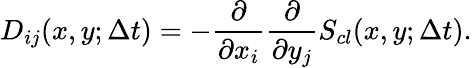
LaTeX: D_{ij}(x,y;\Delta t)=-\frac{\partial}{\partial x_{i}}\frac{\partial}{\partial y_{j}}S_{cl}(x,y;\Delta t).